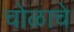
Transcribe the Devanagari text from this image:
चोळाचे